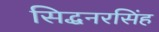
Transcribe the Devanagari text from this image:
सिद्धनरसिंह